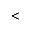
<